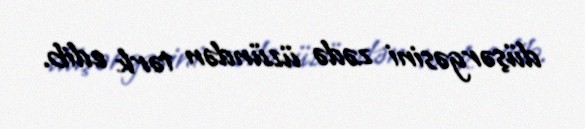
düşərgəsini zədə üzündən tərk edib.